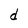
Character: d